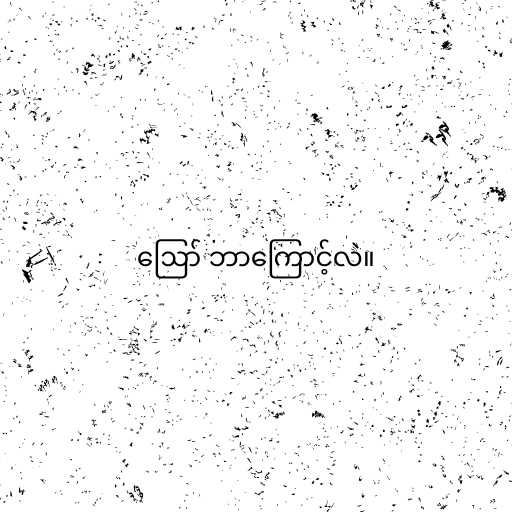
ဪ ဘာကြောင့်လဲ။